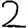
Digit: 2